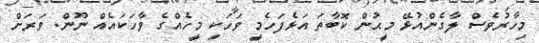
މިހާރުވެސް ލާގެންއުޅޭ މީޙުން ކޮބާތަ އަޅެފަހެމީ ވަހަކި މީހެއްގެ ވާހަކައެއް ނޫން. ވަރަށް